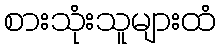
စားသုံးသူများထံ